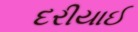
દરીયાઈ